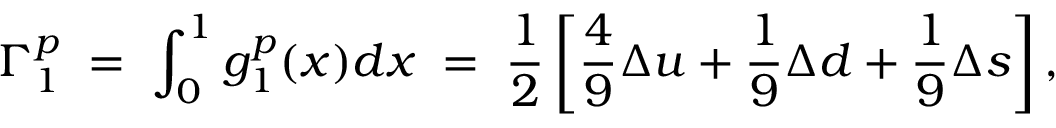
\Gamma _ { 1 } ^ { p } \; = \; \int _ { 0 } ^ { 1 } g _ { 1 } ^ { p } ( x ) d x \; = \; \frac 1 2 \left[ \frac 4 9 \Delta u + \frac 1 9 \Delta d + \frac 1 9 \Delta s \right] ,